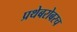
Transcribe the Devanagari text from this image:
प्रथेबरोबरच